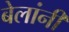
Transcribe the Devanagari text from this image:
बेलांनी